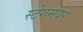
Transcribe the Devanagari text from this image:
स्टेगमेयर